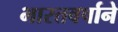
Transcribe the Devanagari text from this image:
भारतवर्षाने